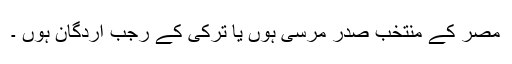
مصر کے منتخب صدر مرسی ہوں یا ترکی کے رجب اردگان ہوں ۔